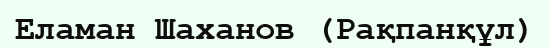
Еламан Шаханов (Рақпанқұл)